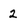
Character: 2